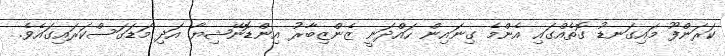
ކަރަންފޫ މައިގަނޑު ގޮތެއްގައި އެންމެ ގިނައިން ހައްދަނީ ޒެންޒިބާރު އިންޑޮނޭޝިޔާ އަދި މަޑަގަސްކަރައިގައެވެ.